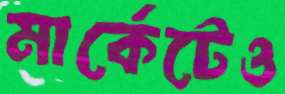
মার্কেটেও